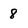
Character: 8